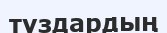
тұздардың